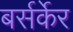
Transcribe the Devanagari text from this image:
बर्सर्केर